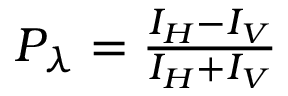
\begin{array} { r } { P _ { \lambda } = \frac { I _ { H } - I _ { V } } { I _ { H } + I _ { V } } } \end{array}